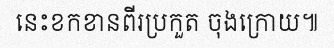
នេះខកខានពីរប្រកួត ចុងក្រោយ៕